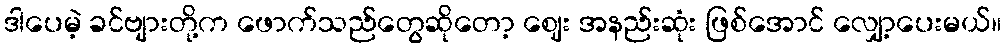
ဒါပေမဲ့ ခင်ဗျားတို့က ဖောက်သည်တွေဆိုတော့ ဈေး အနည်းဆုံး ဖြစ်အောင် လျှော့ပေးမယ်။